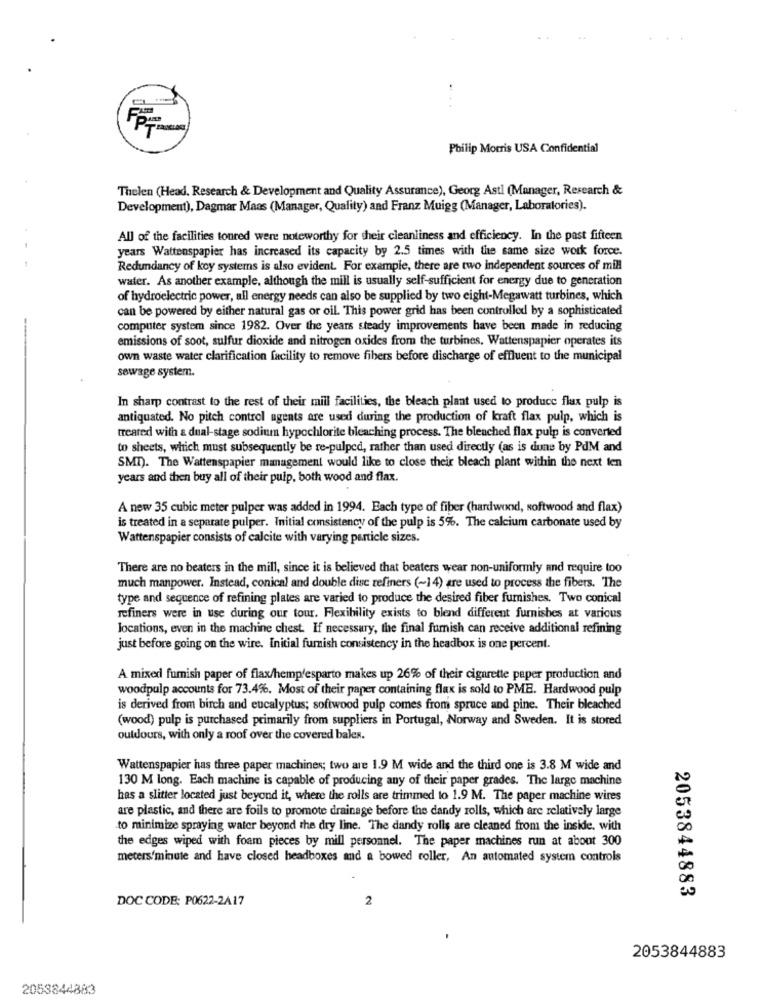
Philip Morris USA Confidential
Thelen (Head. Research & Development and Quality Assurance), Georg Astl (Manager, Research &
Development), Dagmar Maas (Manager, Quality) and Franz Muigg (Manager, Laboratories).
All of the facilities toured were noteworthy for their cleanliness and efficiency. In the past fifteen
years Wattenspapier has increased its capacity by 2.5 times with the same size work force.
Redundancy of koy systems is also evident. For example, there are two independent sources of mill
water. As another example, although the mill is usually self-sufficient for energy due to generation
of hydroelectric power, all energy needs can also be supplied by two eight-Megawatt turbines, which
can be powered by either natural gas or oil. This power grid has been controlled by a sophisticated
computer system since 1982. Over the years steady improvements have been made in reducing
emissions of soot, sulfur dioxide and nitrogen oxides from the turbines. Wattenspapier operates its
own waste water clarification facility to remove fibers before discharge of effluent to the municipal
sewage system.
In sharp contrast to the rest of their mill facilities, the bleach plant used to produce flax pulp is
antiquated. No pitch control agents are used during the production of kraft flax pulp, which is
treated with a dual-stage sodium hypochlorite bleaching process. The bleached flax pulp is converted
to sheets, which must subsequently be re-pulped, rather than used directly (as is dune by PdM and
SMT). The Wattenspapier management would like to close their bleach plant within the next ten
years and then buy all of their pulp, both wood and flax.
A new 35 cubic meter pulper was added in 1994. Each type of fiber (hardwood, softwood and flax)
is treated in a separate pulper. Initial consistency of the pulp is 5%. The calcium carbonate used by
Wattenspapier consists of calcite with varying particle sizes.
There are no beaters in the mill, since it is believed that beaters wear non-uniformly and require too
much manpower. Instead, conical and double dise refiners (~14) are used to process the fibers. The
type and sequence of refining plates are varied to produce the desired fiber furnishes. Two conical
refiners were in use during our tour. Flexibility exists to blend different furnishes at various
locations, even in the machine chest. If necessary, the final furnish can receive additional refining
just before going on the wire. Initial furnish consistency in the headbox is one percent.
A mixed furnish paper of flax/hemp'esparto makes up 26% of their cigarette paper production and
woodpulp accounts for 73.4%. Most of their paper containing flax is sold to PME. Hardwood pulp
is derived from birch and eucalyptus; softwood pulp comes from spruce and pine. Their bleached
(wood) pulp is purchased primarily from suppliers in Portugal, Norway and Sweden. It is stored
ouldours, with only a roof over the covered bales.
Wattenspapier has three paper machines; two are 1.9 M wide and the third one is 3.8 M wide and
130 M long. Each machine is capable of producing any of their paper grades. The large machine
has a slitter located just beyond it, where the rolls are trimmed to 1.9 M. The paper machine wires
are plastic, and there are foils to promote drainage before the dandy rolls, which are relatively large
to minimize spraying water beyond the dry line. The dandy rolls are cleaned from the inside, with
the edges wiped with foam pieces by mill personnel. The paper machines run at about 300
meters/minute and have closed headboxes and a bowed roller, An automated system controls
2053844883
DOC CODE: P0622-2A17
2
2053844883
2053844883